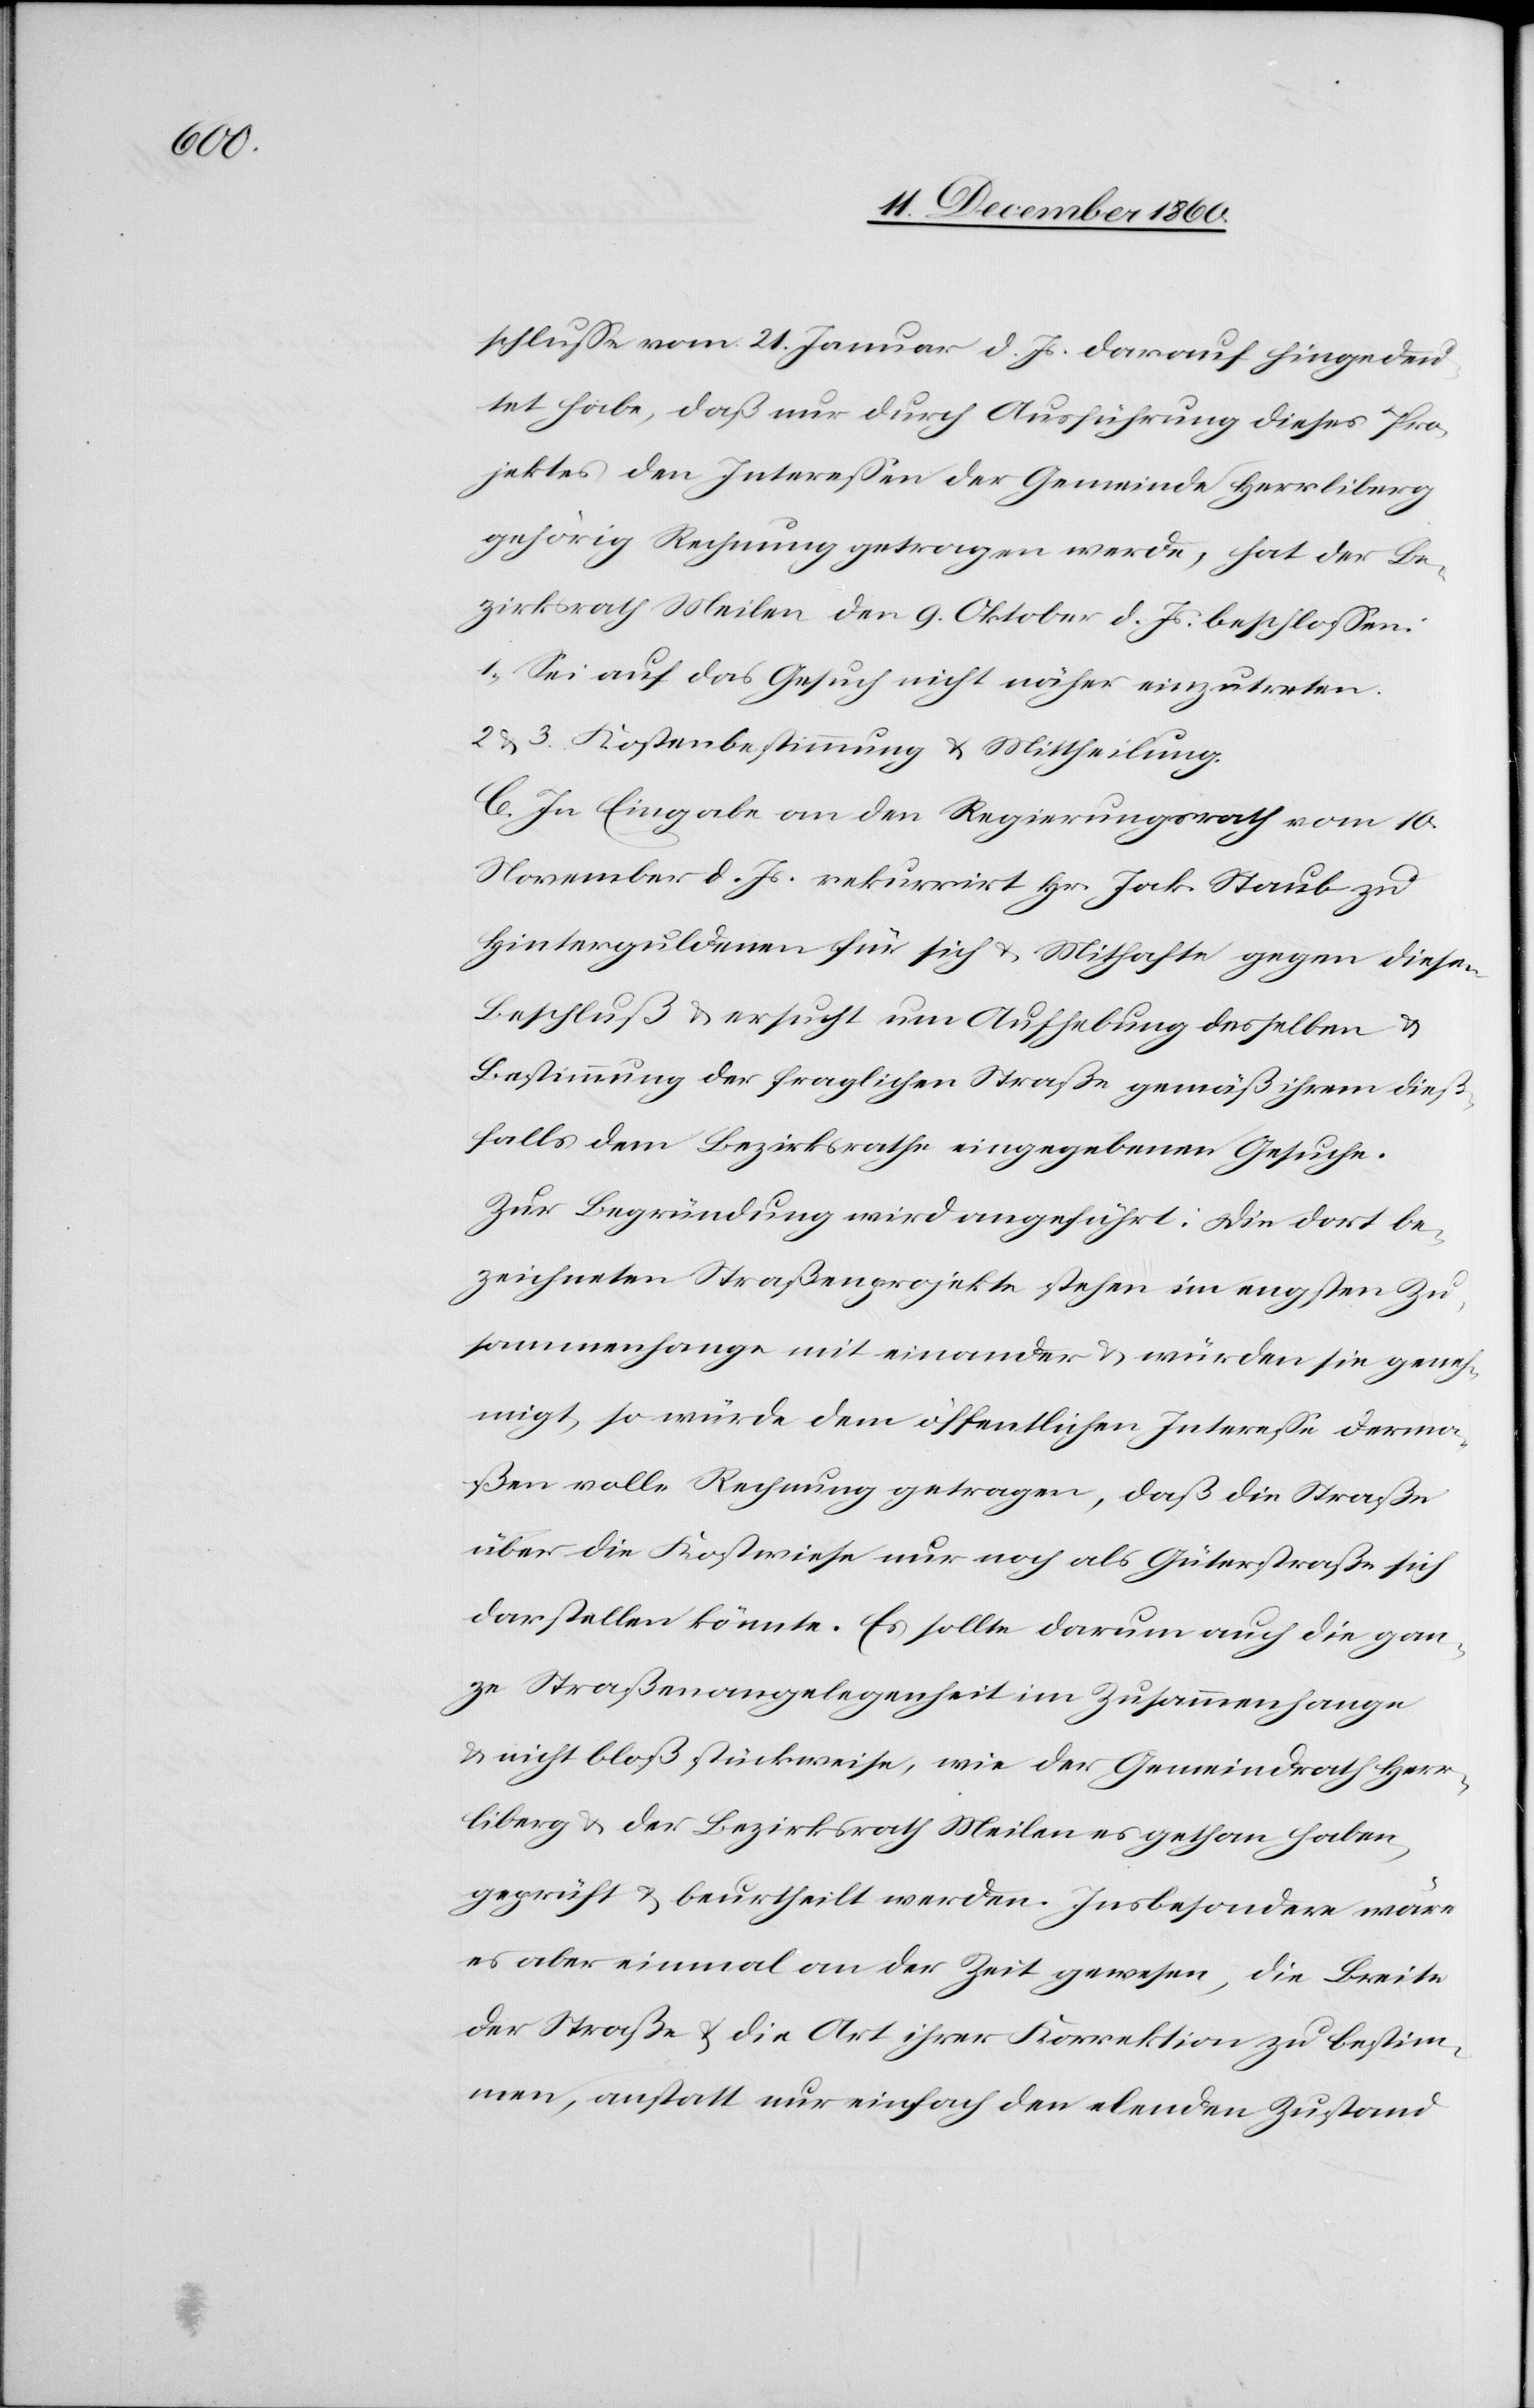
schlusse vom 21. Januar d. Js. darauf hingedeu¬
tet habe, daß nur durch Ausführung dieses Pro¬
jektes den Interessen der Gemeinde Herrliberg
gehörig Rechnung getragen werde, hat der Be¬
zirksrath Meilen den 9. Oktober d. Js. beschlossen:
1. Sei auf das Gesuch nicht näher einzutreten.
2 u. 3. Kostenbestimmung u. Mittheilung.
C. In Eingabe an den Regierungsrath vom 10.
November d. Js. rekurrirt Hr. Jak. Staub zu
Hinterguldenen für sich u. Mithafte gegen diesen
Beschluß u. ersucht um Aufhebung desselben u.
Bestimmung der fraglichen Straße gemäß ihrem dieß¬
falls dem Bezirksrathe eingegebenen Gesuche.
Zur Begründung wird angeführt: Die dort be¬
zeichneten Straßenprojekte stehen im engsten Zu¬
sammenhagen mit einander u. würden sie geneh¬
migt, so würde dem öffentlichen Interesse derma¬
ßen volle Rechnung getragen, daß die Straße
über die Kostwiese nur noch als Güterstraße sich
darstellen könnte. Es sollte darum auch die gan¬
ze Straßenangelegenheit im Zusammenhange
u. nicht bloß stückweise, wie der Gemeindrath Herr¬
liberg u. der Bezirksrath Meilen es gethan haben,
geprüft u. beurtheilt werden. Insbesondere wäre
es aber einmal an der Zeit gewesen, die Breite
der Straße u. die Art ihrer Korrektion zu bestim¬
men, anstatt nur einfach den elenden Zustand